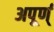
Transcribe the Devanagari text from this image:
अपूर्ण्‌